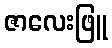
ဇာလေးဖြူ